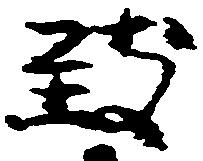
致